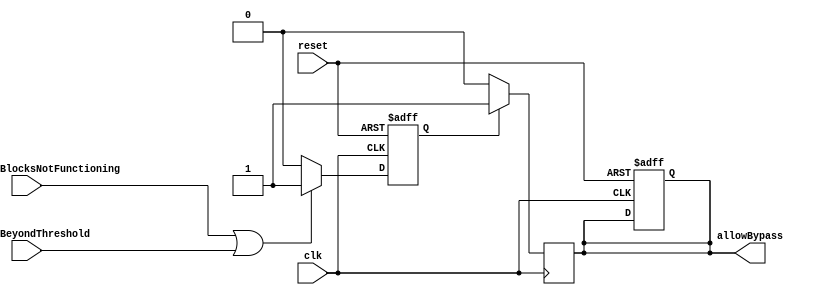
module FallbackBypassRegister (
    input wire clk,
    input wire reset,
    input wire mainControlBlocksNotFunctioning,
    input wire delaysBeyondThreshold,
    output reg allowBypass
);

reg fallbackMode;

always @(posedge clk or posedge reset) begin
    if (reset) begin
        fallbackMode <= 1'b0;
        allowBypass <= 1'b0;
    end else begin
        if (mainControlBlocksNotFunctioning || delaysBeyondThreshold) begin
            fallbackMode <= 1'b1;
        end else begin
            fallbackMode <= 1'b0;
        end
    end
end

always @(posedge clk) begin
    if (fallbackMode) begin
        allowBypass <= 1'b1;
    end else begin
        allowBypass <= 1'b0;
    end
end

endmodule